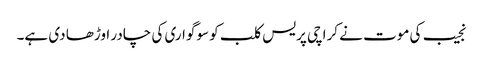
نجیب کی موت نے کراچی پریس کلب کو سوگواری کی چادر اوڑھا دی ہے۔